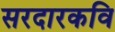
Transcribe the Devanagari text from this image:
सरदारकवि